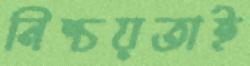
নিশ্চয়তাই